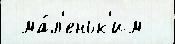
 ма́л'еньк'им